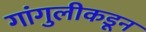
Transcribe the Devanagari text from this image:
गांगुलीकडून